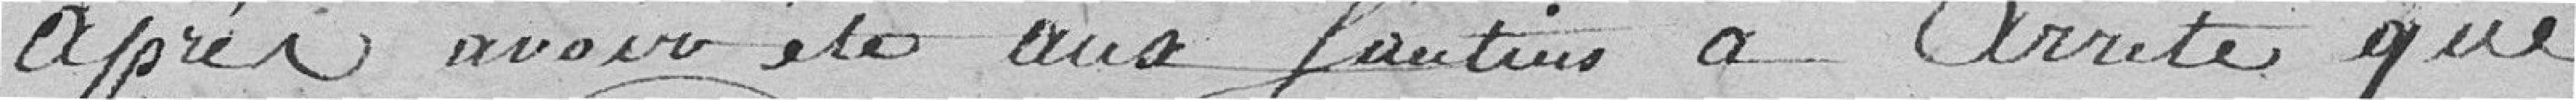
après avoir été aux santins?? a arrêté que